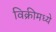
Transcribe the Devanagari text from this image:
विक्रीमध्ये